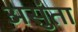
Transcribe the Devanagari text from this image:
असुंता